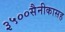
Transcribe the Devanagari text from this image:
३५००सैनीकासह